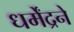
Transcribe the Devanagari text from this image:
धर्मेंद्रने